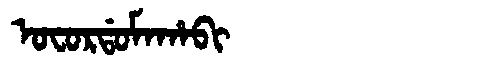
Manchu: ᠣᠸᠣᡵᡩᠣᠮᠠᡥᠠᠪᡳ
Romanization: OFORDOMAHABI